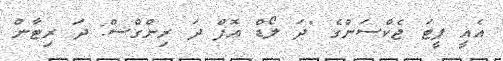
އެއީ ޕީޓަ ޖެކްސަންގެ "ދަ ލޯޑް އޮފް ދަ ރިންގްސް: ދަ ރިޓާން